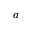
a